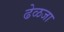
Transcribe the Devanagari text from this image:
ढेळजा